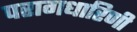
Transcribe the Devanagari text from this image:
परागधारिणी